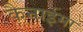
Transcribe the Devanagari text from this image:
कैनाईमा